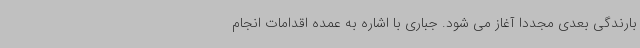
بارندگی بعدی مجددا آغاز می شود. جباری با اشاره به عمده اقدامات انجام